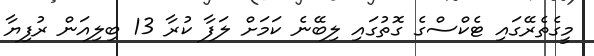
މީގެތެރޭގައި ޓެކްސްގެ ގޮތުގައި ލިބޭނެ ކަމަށް ލަފާ ކުރާ 13 ބިލިއަން ރުފިޔާ